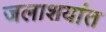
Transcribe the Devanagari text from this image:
जलाशयांत